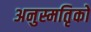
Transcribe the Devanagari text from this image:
अनुस्मतिृको